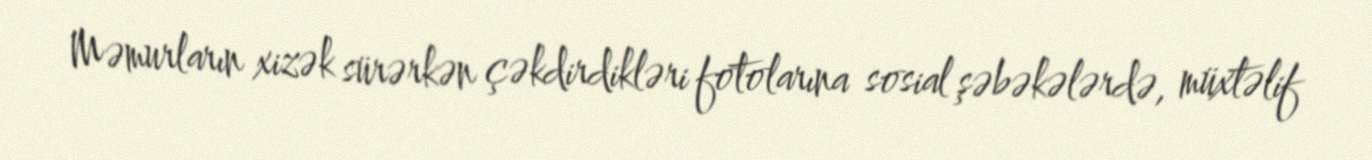
Məmurların xizək sürərkən çəkdirdikləri fotolarına sosial şəbəkələrdə, müxtəlif